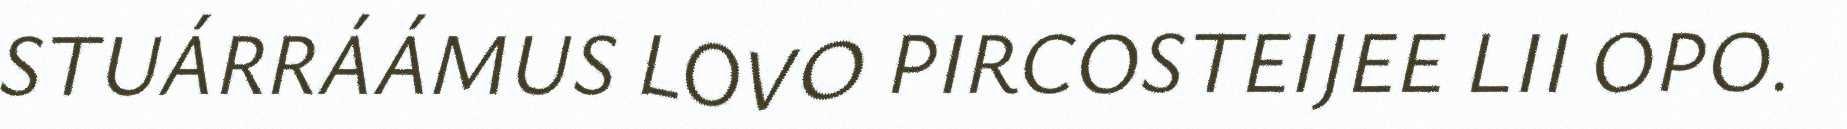
STUÁRRÁÁMUS LOVO PIRCOSTEIJEE LII OPO.